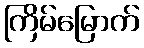
ကြိမ်မြောက်